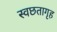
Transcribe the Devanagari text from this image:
स्वछतागृह